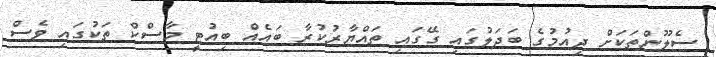
ސެލޫންތަކަށް ދިއުމުގެ ބަދަލުގައި ގޭގައި ތައްޔާރުކުރާ ބައެއް ބިއުޓީ މާސްކް ތަކުގައި ވެސް